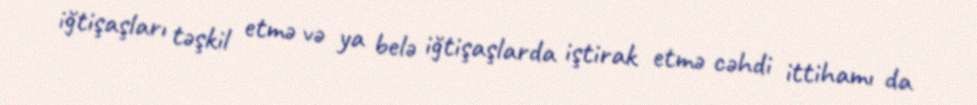
iğtişaşları təşkil etmə və ya belə iğtişaşlarda iştirak etmə cəhdi ittihamı da